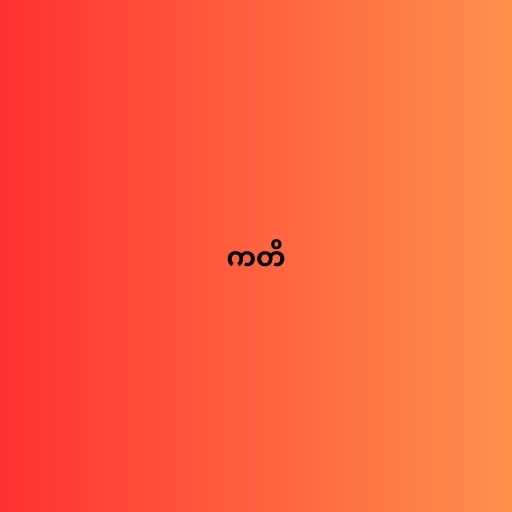
ကတိ